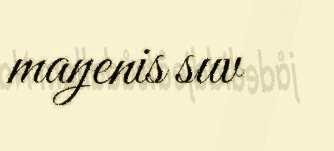
maŋenis suv